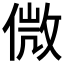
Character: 𠌝